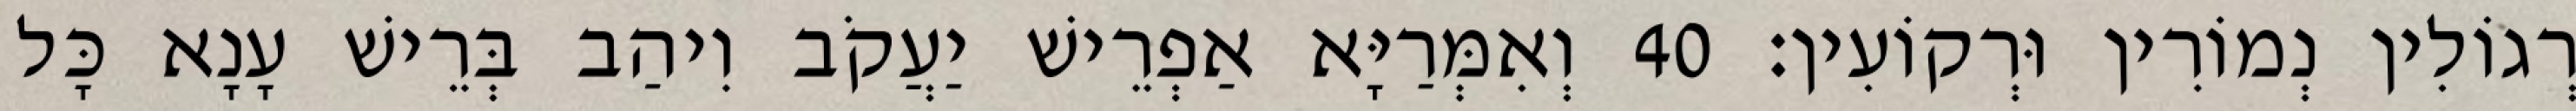
רְגוֹלִין נְמוֹרִין וּרְקוֹעִין׃ 40 וְאִמְּרַיָּא אַפְרֵישׁ יַעֲקֹב וִיהַב בְּרֵישׁ עָנָא כָּל